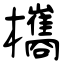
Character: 欈